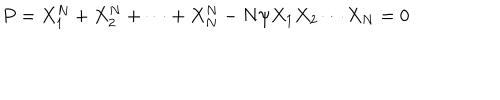
LaTeX: P = X _ { 1 } ^ { N } + X _ { 2 } ^ { N } + \cdots + X _ { N } ^ { N } - N \psi X _ { 1 } X _ { 2 } \cdots X _ { N } = 0